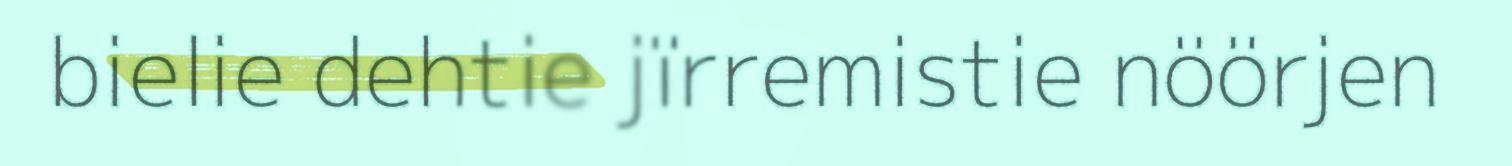
bielie dehtie jïrremistie nöörjen